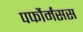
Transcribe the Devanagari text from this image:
पर्फौर्मंसस